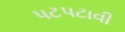
પટપટાવી